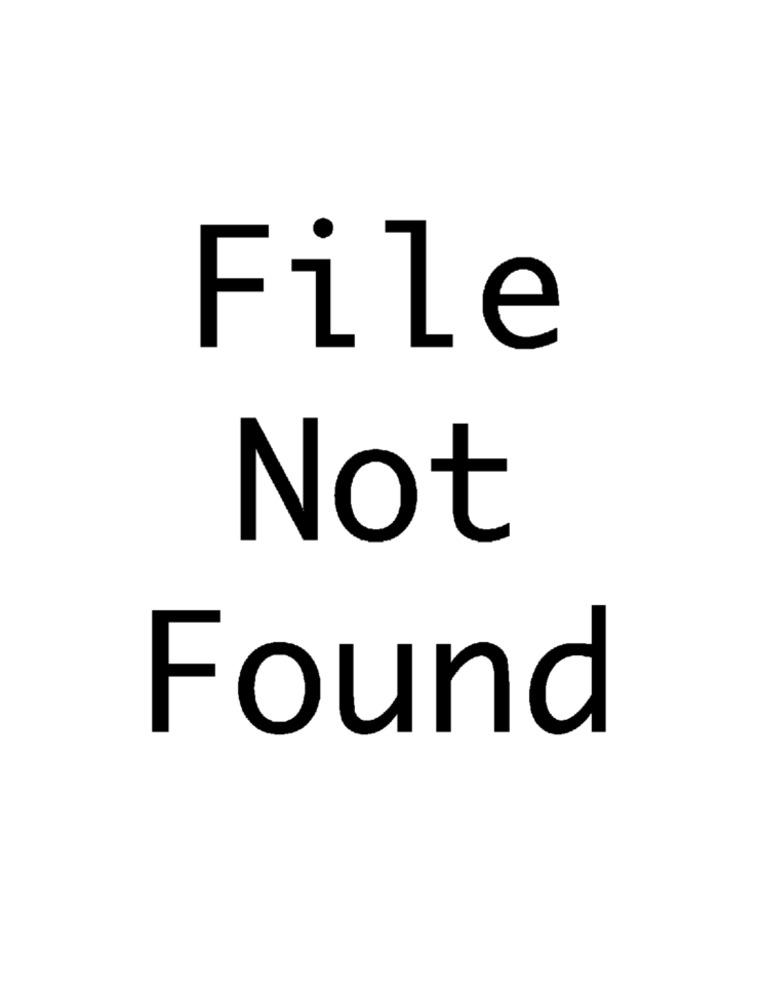
File
Not
Found